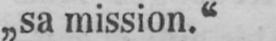
„sa mission.“